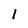
Character: 1